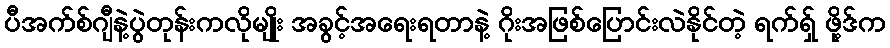
ပီအက်စ်ဂျီနဲ့ပွဲတုန်းကလိုမျိုး အခွင့်အရေးရတာနဲ့ ဂိုးအဖြစ်ပြောင်းလဲနိုင်တဲ့ ရက်ရှ် ဖို့ဒ်က